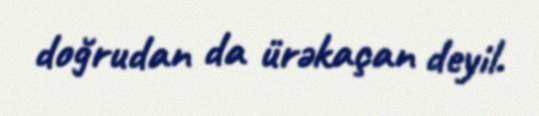
doğrudan da ürəkaçan deyil.